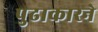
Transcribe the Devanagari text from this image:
पुढाकारने